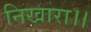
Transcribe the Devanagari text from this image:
निखारा।।